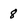
Character: 8